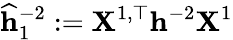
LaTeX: \mathbf{\widehat h}_{1}^{-2}:=\mathbf{X}^{1,\top}\mathbf{h}^{-2}\mathbf{X}^{1}